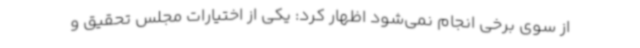
از سوی برخی انجام نمی‌شود اظهار کرد: یکی از اختیارات مجلس تحقیق و